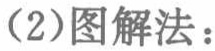
(2)图解法：